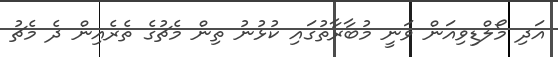
އަދި މޯލްޑިވިއަން ވަނީ މުބާރާތުގައި ކުޅުނު ތިން މެޗުގެ ތެރެއިން ދެ މެޗު